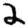
Digit: 2